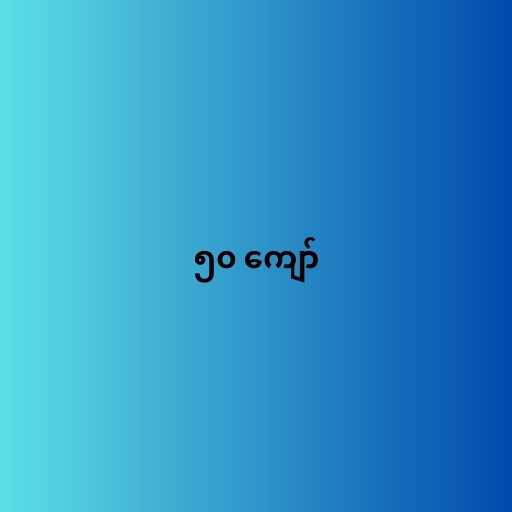
၅၀ ကျော်